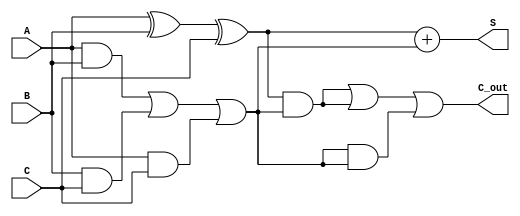
module carry_save_adder (
    input  wire [N-1:0] A, // First input number
    input  wire [N-1:0] B, // Second input number
    input  wire [N-1:0] C, // Third input number
    output wire [N-1:0] S, // Sum output
    output wire [N-1:0] C_out // Carry output
);
    parameter N = 8; // Bit-width of the inputs

    // Intermediate signals for sum and carry
    wire [N-1:0] sum1, sum2, carry1, carry2;

    // Full adder for the first stage
    assign sum1 = A ^ B ^ C; // Sum output of the first stage
    assign carry1 = (A & B) | (B & C) | (A & C); // Carry output of the first stage

    // Second stage (for example, another 3 inputs)
    wire [N-1:0] D, E, F; // Additional inputs for 2nd stage
    assign sum2 = sum1 + carry1; // Sum output of the second stage
    assign carry2 = (carry1 & sum1) | (sum1 & carry1) | (carry1 & carry1); // Assuming next inputs are added here

    // Final outputs
    assign S = sum2; // Final sum
    assign C_out = carry2; // Final carry

endmodule